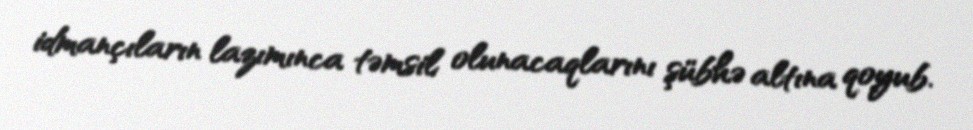
idmançıların lazımınca təmsil olunacaqlarını şübhə altına qoyub.